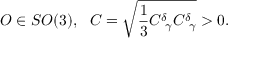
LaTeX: O \in S O ( 3 ) , \ \ C = \sqrt { \frac 1 3 C _ { \ \gamma } ^ { \delta } C _ { \ \gamma } ^ { \delta } } > 0 .